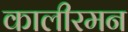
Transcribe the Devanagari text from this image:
कालीरमन